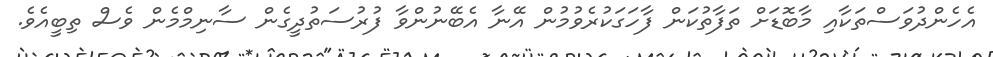
އެހެންދުވަސްތަކާއި މާބޮޑަށް ތަފާތުކަން ފާހަގަކުރެވުމުން އޭނާ އެބޭނުންވާ ފުރުސަތުދީގެން ސާނިމްމެން ވެސް ތިބީއެވެ.